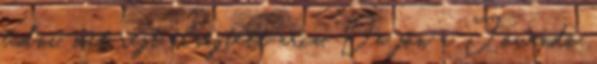
tudni, mit rejt elrejtett arca, De jön a Jövendő